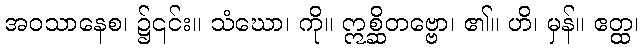
အဝသာနေစ၊ ၌၎င်း။ သံဃော၊ ကို။ ဣစ္ဆိတဗ္ဗော၊ ၏။ ဟိ၊ မှန်။ ဧတ္ထ၊